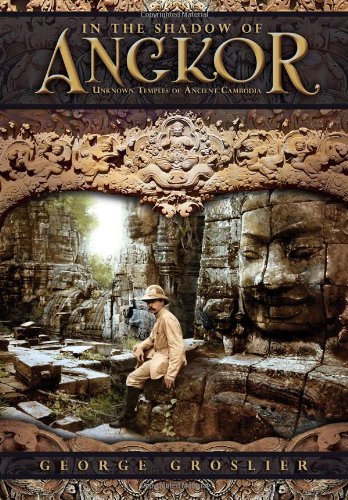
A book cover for In the Shadow of Angkor - Unknown Temples of Ancient Cambodia; George Groslier; Travel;